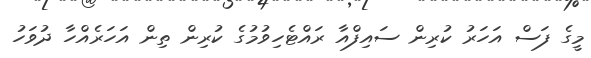
މީގެ ފަސް އަހަރު ކުރިން ސައިފްއާ ރައްޓެހިވުމުގެ ކުރިން ތިން އަހަރެއްހާ ދުވަހު